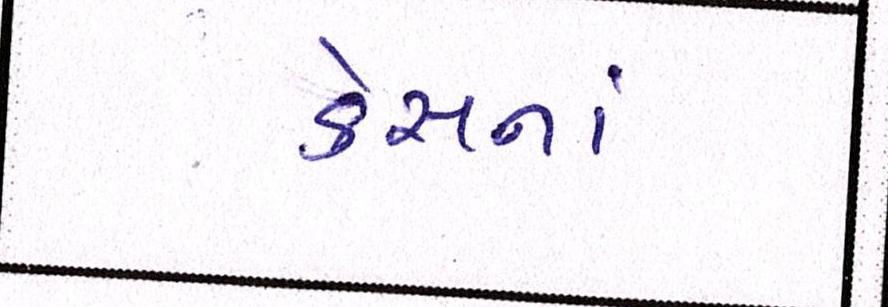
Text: કેસનાં